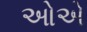
ઓએ